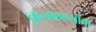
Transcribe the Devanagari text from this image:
कुलकर्ण्याचा